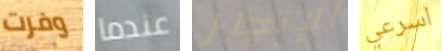
وفرت عندما الإنجاز اسرعي